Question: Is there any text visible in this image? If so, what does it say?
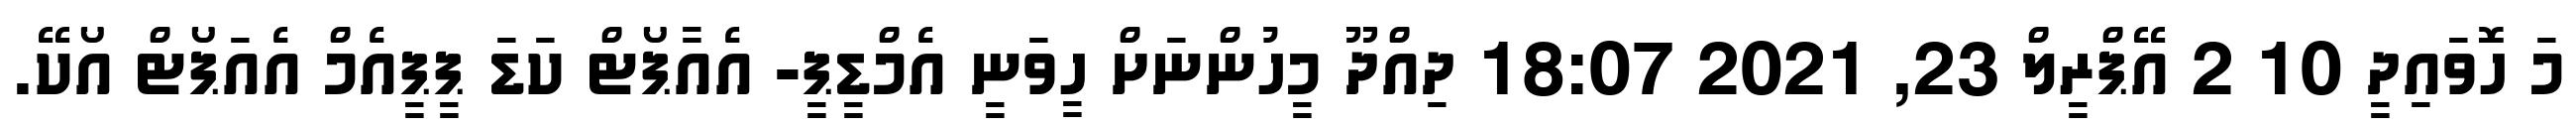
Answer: މަ ހޮވައިދީ 10 2 އޭޕްރީލް 23, 2021 18:07 ދިއްދޫ މީހުންނަށް ހީވަނީ އެމްޑީޕީ- އެއާޕޯޓް ކަޑަ ޕީޕީއެމް އެއަޕޯޓް އޯކޭ.